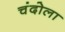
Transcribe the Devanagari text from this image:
चंदोला